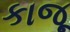
કાજૂ